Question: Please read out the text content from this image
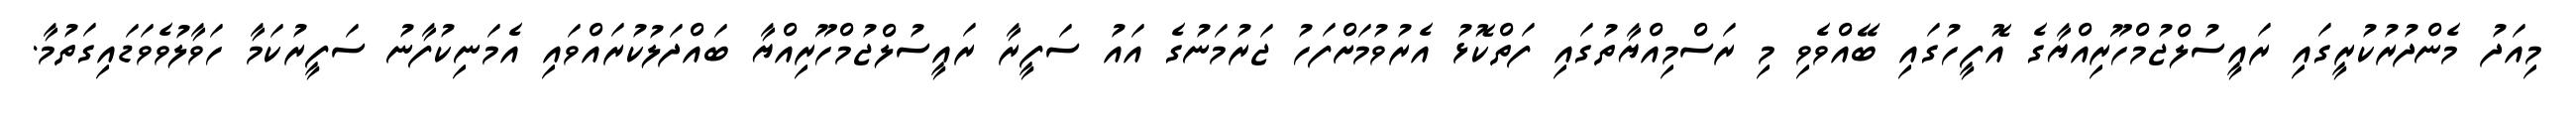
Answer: މިއަދު މެންދުރުކުރީގައި ރައީސުލްޖުމްހޫރިއްޔާގެ އޮފީހުގައި ބޭއްވެވި މި ރަސްމިއްޔާތުގައި ފަތްކޮޅު އެރުވުމަށްފަހު ޖަރުމަނުގެ އައު ސަފީރާ ރައީސުލްޖުމްހޫރިއްޔާ ބައްދަލުކުރައްވައި އެމަނިކުފާނު ސަފީރުކަމާ ހަވާލުވެވަޑައިގަތުމާ.